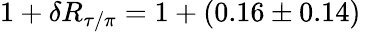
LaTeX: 1+\delta R_{\tau/\pi}=1+(0.16\pm 0.14)\